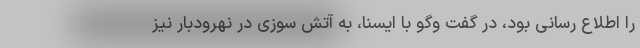
را اطلاع رسانی بود، در گفت وگو با ایسنا، به آتش سوزی در نهرودبار نیز